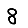
Digit: 8